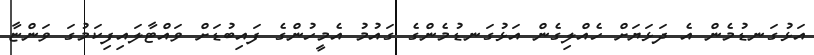
އަޅުގަނޑުމެން އެ ދަޅަޔަށް ހެއްލިގެން އަޅުގަނޑުމެންގެ ގައުމު އެމީހުންގެ ފައިބުޑަށް ވައްޓާލައިފިކަމުގަ ވަންޏާ